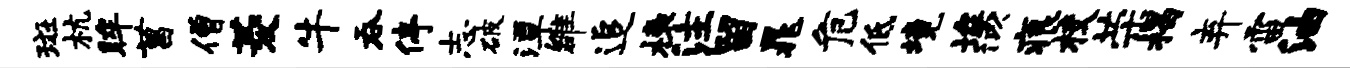
斑杭眸菖僧菱牛吞停志破潭雒追榱注留晁危低境埃似痕校荣揭弃雷油